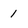
Character: 1